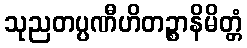
သုညတပ္ပဏီဟိတဉ္စာနိမိတ္တံ